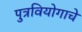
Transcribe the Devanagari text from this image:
पुत्रवियोगाचे